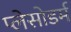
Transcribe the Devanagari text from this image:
प्लेसोडर्म